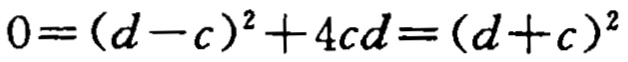
\(0=(d - c)^{2}+4cd=(d + c)^{2}\)